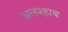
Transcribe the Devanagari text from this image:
अलश्हाब